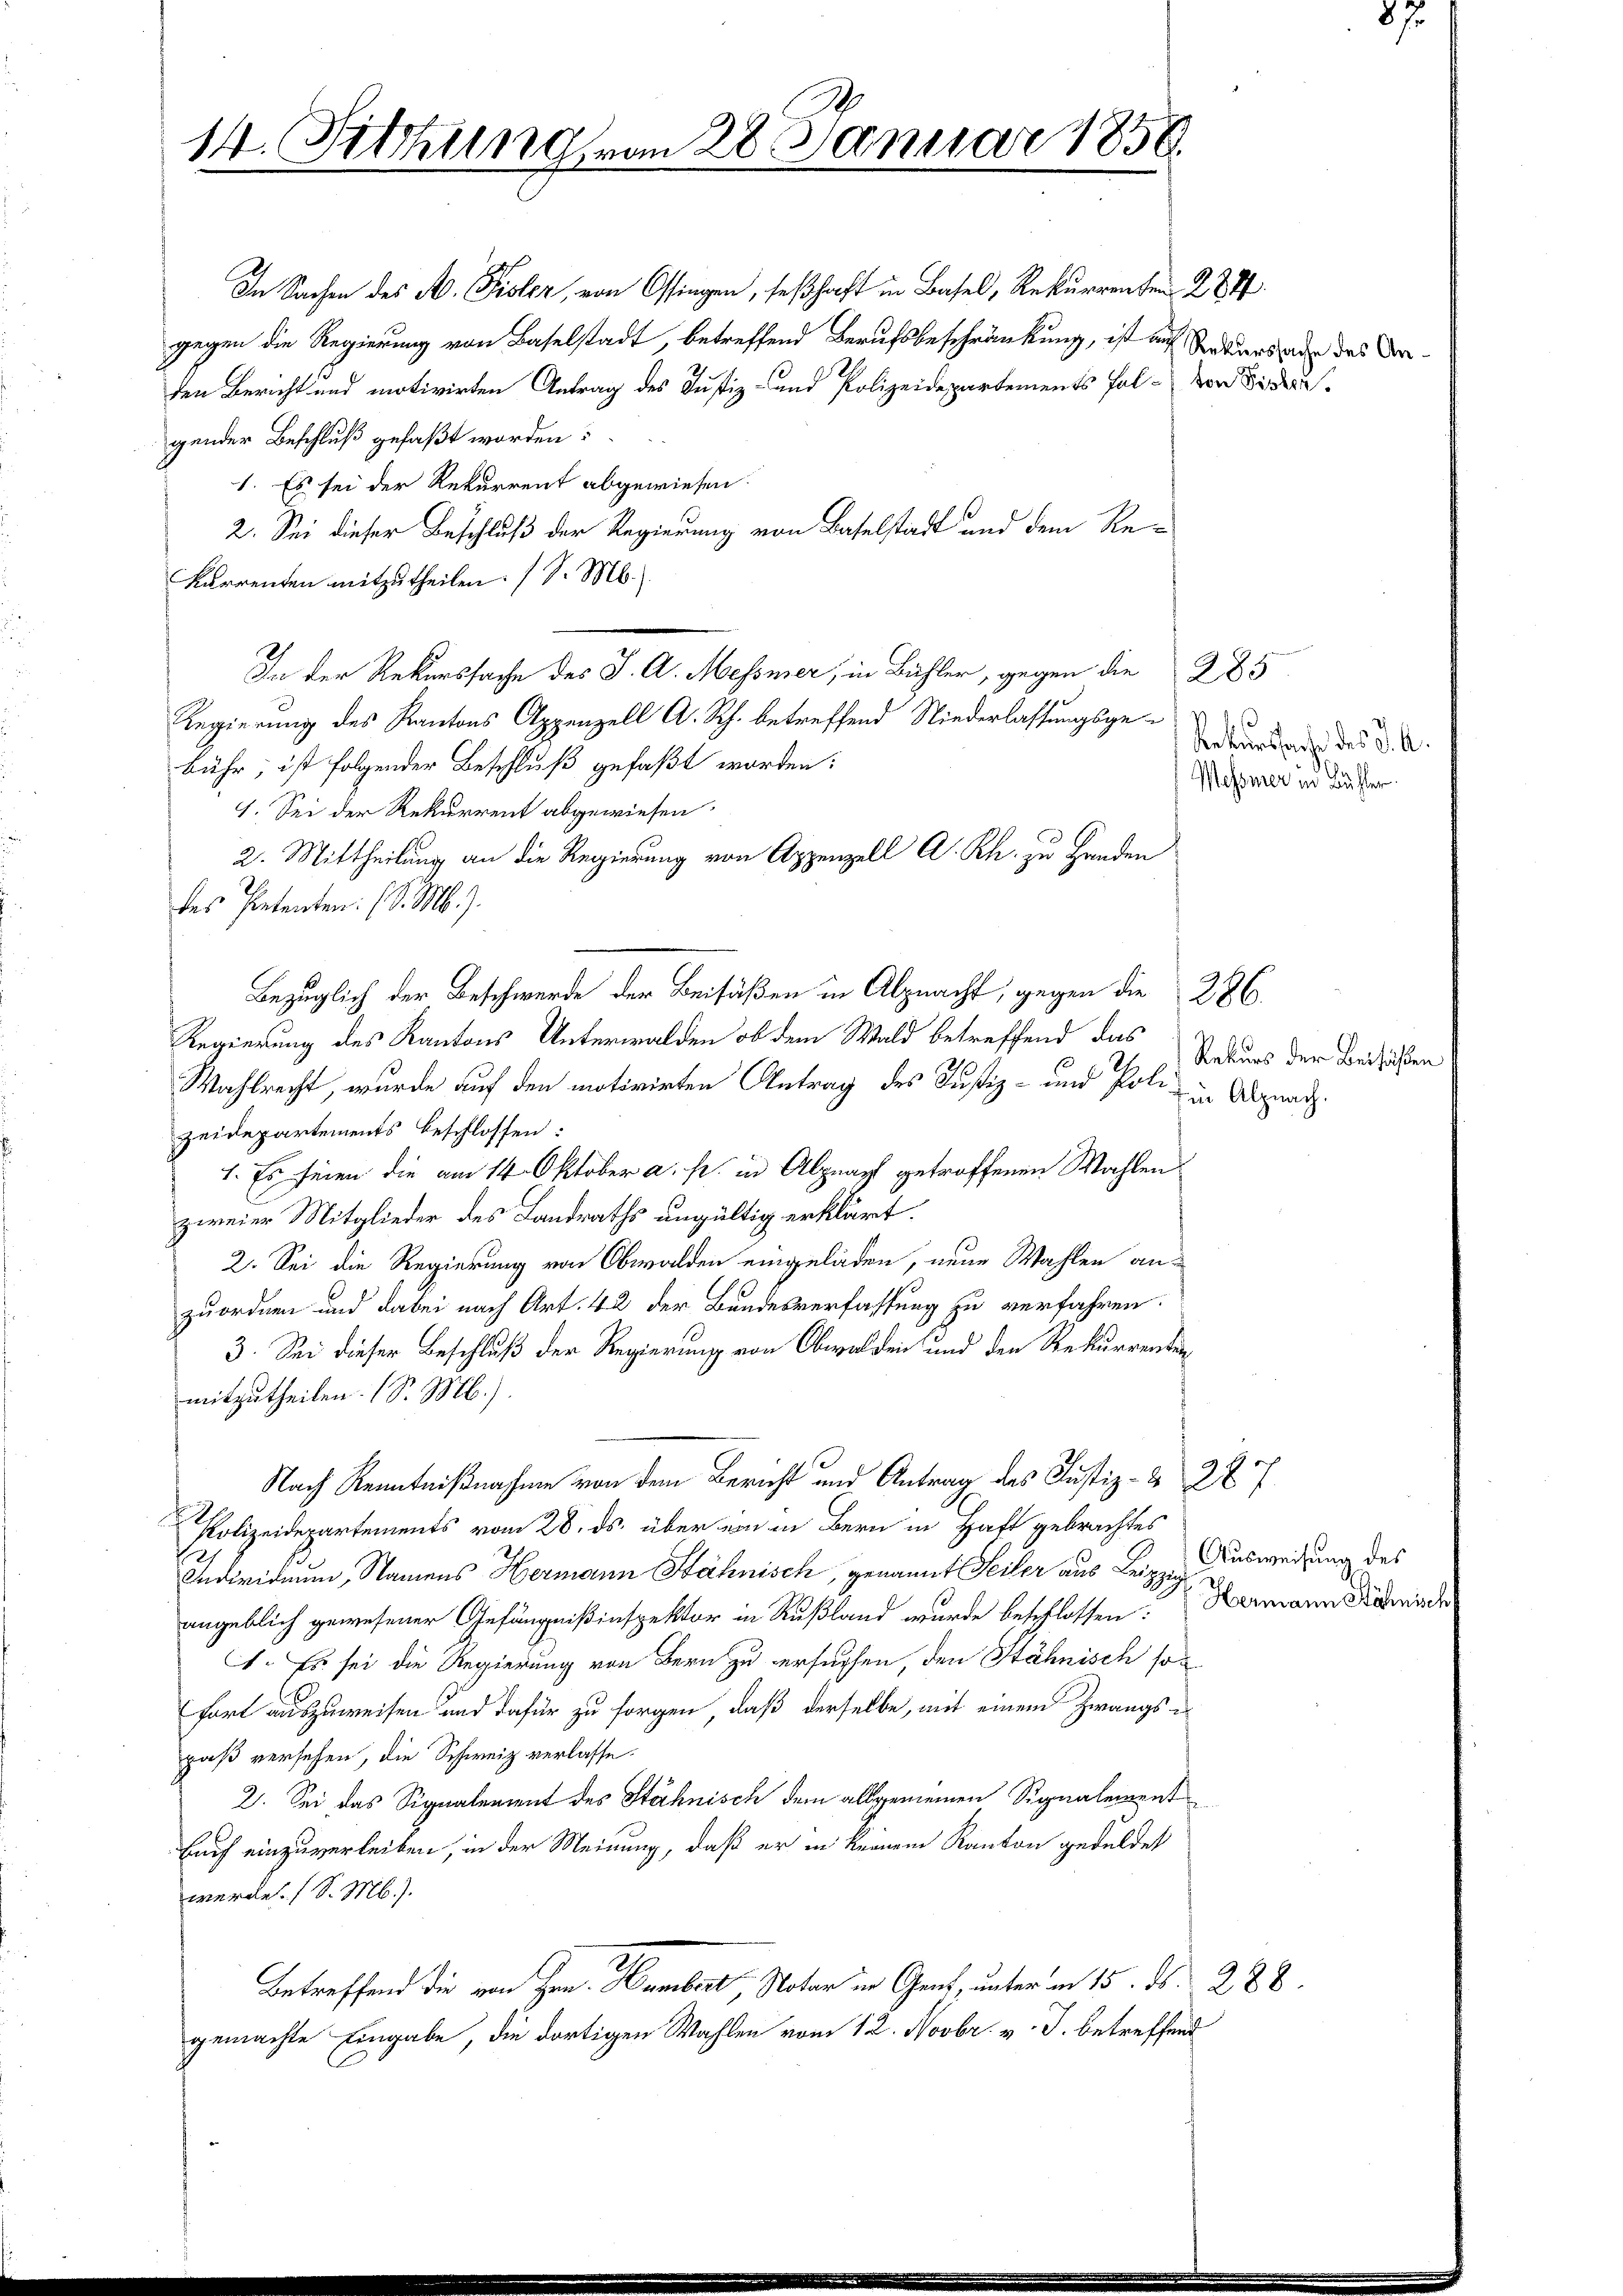
14. Fettung vom 28. Januar 1856.

In Sachen des A. Pisler, von Ossingen, seßhaft in Basel, Rekurrenten 28.
gegen die Regierung von Baselstadt, betreffend Berufsbeschränkung, ist auf Rekursau das Verden Bericht und motivirten Antrag des Justiz- und Polizeidepartements Fol-von Bieder
gender Beschluß gefaßt worden:
1. Es sei der Rekurrent abgewiesen.
2. Sei dieser Beschluß der Regierung von Baselstadt und dem Re¬
Kurrenten mitzutheilen. (S. M.
In der Rekurssache des J. A. Messner, in Bühler, gegen die
Regierung des Kantons Appenzell A. Rch. betreffend Niederlassungsgebühr, ist folgender Beschluß gefaßt worden:
1. Sei der Rekurrent abgewiesen.
2. Mittheilung an die Regierung von Appenzell A. Rh. zu Handen
des Petenten (S. M. J.
Bezüglich der Beschwerde der Beifüßen in Alpnacht, gegen die 286
Regierung des Kantons Unterwalden ob dem Wald betreffend das
Wahlrecht, wurde auf den motivirten Antrag des Justiz- und Poli in Alpenth
zeidepartements beschlossen:
1. Es seien die am 14. Oktober a. fr. in Alpnapf getroffenen Wahlen
zweier Mitglieder des Landraths ungültig erklärt.
2. Sei die Regierung von Obwalden eingeladen, neue Wahlen an-
zuordnen und dabei nach Art. 42 der Bundesverfassung zu verfahren.
3. Sei dieser Beschluß der Regierung von Obwalden und den Rekurrenten
mitzutheilen. (S. M.).
Nach Kenntnißnahme von dem Bericht und Antrag des Justiz- & 227
Polizeidepartements vom 28. ds. über von in Bern in Haft gebrachtes
Individuum, Namens Hermann Stähnisch, genannt Seiter aus Leige Ausweisung des
angeblich gewesener Gefängnißinspektor in Rußland wurde beschlossen: Hermann Komisch
1. Es sei die Regierung von Bern zu ersuchen, den Stähnisch sofort auszuweisen und dafür zu sorgen, daß derselbe, mit einem Zwangspaß versehen, die Schweiz verlasse.
2. Sei das Signalement des Stähnisch dem allgemeinen Signalement
Bauf einzuverleiben, in der Meinung, daß er in keinem Kanton geduldet
werde. (S. M.).
Betreffend die von Hrn. Hambert, Notar in Gent, unter am 15. ds. 288.
gemachte Eingabe, die dortigen Wahlen vom 12. Novbr. v. J. betreffend

285
Rekursache des J. A.
Mehsmer in Bühler.

Rekurs der Beifüßen